Leaving Certificate Examination (including Day School Certificate (Higher) General paper), 1930
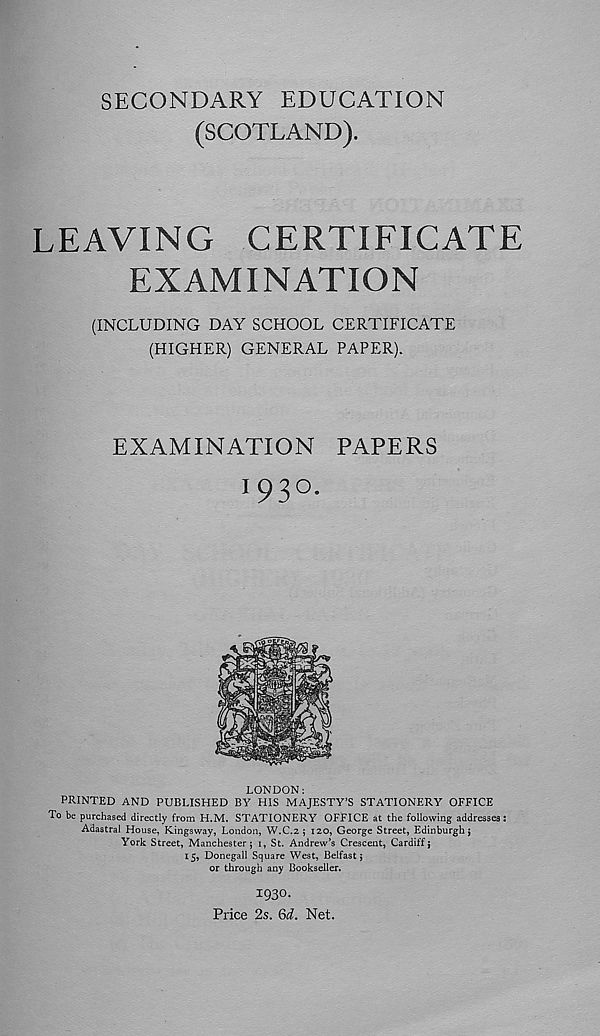
SECONDARY EDUCATION
(SCOTLAND).
LEAVING CERTIFICATE
EXAMINATION
(INCLUDING DAY SCHOOL CERTIFICATE
(HIGHER) GENERAL PAPER).
EXAMINATION PAPERS
193°.
LONDON:
PRINTED AND PUBLISHED BY HIS MAJESTY’S STATIONERY OFFICE
To be purchased directly from H.M. STATIONERY OFFICE at the following addresses:
Adastral House, Kingsway, London, W.C.2 $ 120, George Street, Edinburgh j
York Street, Manchester; 1, St. Andrew’s Crescent, Cardiff;
15, Donegall Square West, Belfast;
or through any Bookseller.
1930.
Price 2s. Qd. Net.